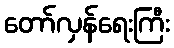
တော်လှန်ရေးကြီး